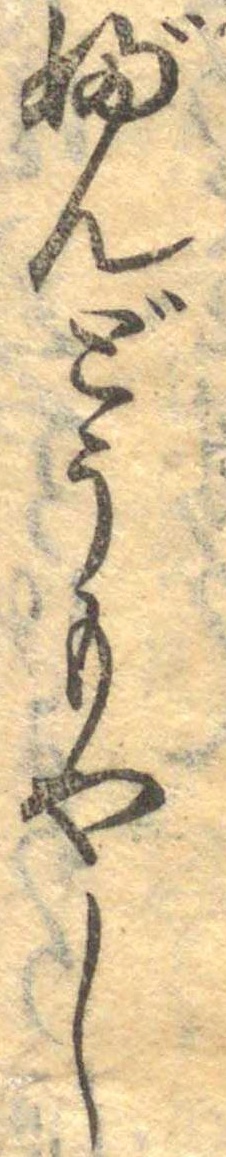
ぶんどうもやし